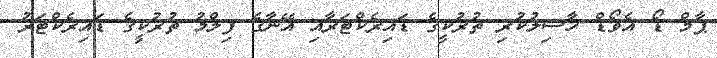
ޕާމް ޑޯ އެވޯޑް ހާސިލުކުރި ތުރުކީގެ ޑައިރެކްޓަރާއި އޭނާގެ ފިލްމު ތުރުކީގެ ޑައިރެކްޓަރު